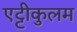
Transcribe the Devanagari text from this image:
एट्टीकुलम